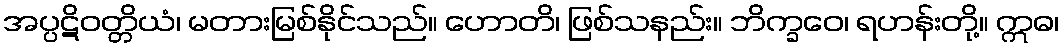
အပ္ပဋိဝတ္တိယံ၊ မတားမြစ်နိုင်သည်။ ဟောတိ၊ ဖြစ်သနည်း။ ဘိက္ခဝေ၊ ရဟန်းတို့။ ဣဓ၊